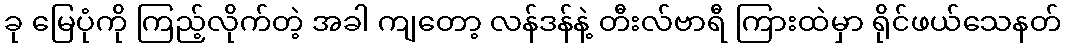
ခု မြေပုံကို ကြည့်လိုက်တဲ့ အခါ ကျတော့ လန်ဒန်နဲ့ တီးလ်ဗာရီ ကြားထဲမှာ ရိုင်ဖယ်သေနတ်